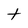
Character: t